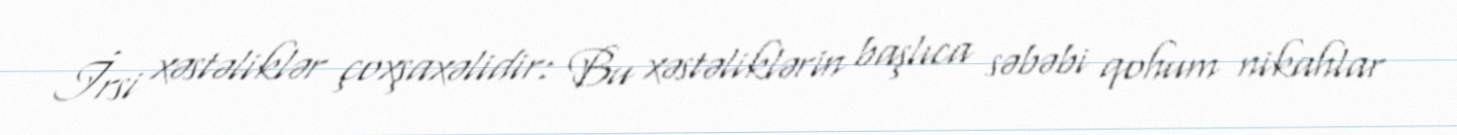
İrsi xəstəliklər çoxşaxəlidir: Bu xəstəliklərin başlıca səbəbi qohum nikahlar